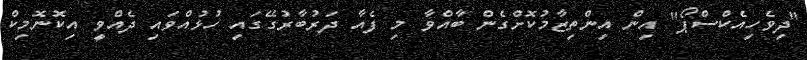
"ދިވެހިއެކްސްޕޯ" އިން އިންތިޒާމުކޮށްގެން ބާއްވާ މި ފެއާ ދަރުބާރުގޭގައި ހުޅުއްވައި ދެއްވީ އިކޮނޮމިކް